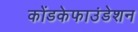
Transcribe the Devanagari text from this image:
कोंडकेफाउंडेशन